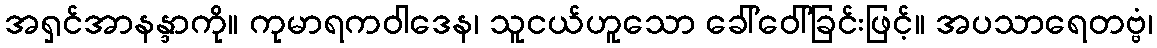
အရှင်အာနန္ဒာကို။ ကုမာရကဝါဒေန၊ သူငယ်ဟူသော ခေါ်ဝေါ်ခြင်းဖြင့်။ အပသာရေတဗ္ဗံ၊